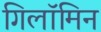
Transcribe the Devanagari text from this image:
गिलॉमिन